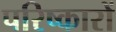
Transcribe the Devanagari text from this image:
परिष्कारों